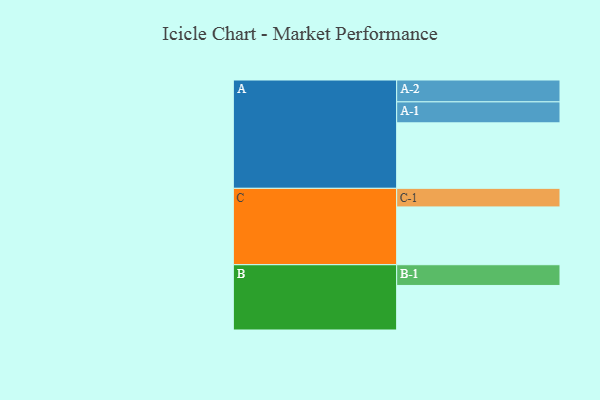
{"axis": {"x": "Segment", "y": "Value"}, "legend": ["", "A", "B", "C"], "data": [{"x": "A", "y": 578, "type": ""}, {"x": "B", "y": 393, "type": ""}, {"x": "C", "y": 510, "type": ""}, {"x": "A-1", "y": 185, "type": "A"}, {"x": "A-2", "y": 193, "type": "A"}, {"x": "B-1", "y": 183, "type": "B"}, {"x": "C-1", "y": 164, "type": "C"}]}